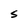
Character: S